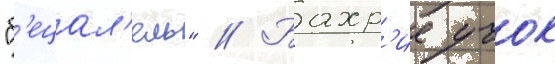
"б'ецал'ель" // Бахр'ие учок